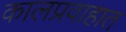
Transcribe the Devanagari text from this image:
कालप्रवाहात